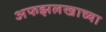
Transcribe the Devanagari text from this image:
अफझलखाच्या